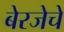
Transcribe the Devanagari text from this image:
बेरजेचे